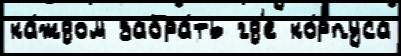
ка́ждом забра́ть гд'е ко́рпуса